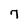
Character: 7